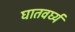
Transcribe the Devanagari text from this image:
घातवर्घ्य